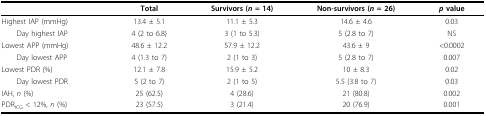
<table><thead><tr><td></td><td><b>Total</b></td><td><b>Survivors (<i>n </i>= 14)</b></td><td><b>Non-survivors (<i>n </i>= 26)</b></td><td><b><i>p </i>value</b></td></tr></thead><tbody><tr><td>Highest IAP (mmHg)</td><td>13.4 ± 5.1</td><td>11.1 ± 5.3</td><td>14.6 ± 4.6</td><td>0.03</td></tr><tr><td> Day highest IAP</td><td>4 (2 to 6.8)</td><td>3 (1 to 5.3)</td><td>5 (2.8 to 7)</td><td>NS</td></tr><tr><td>Lowest APP (mmHg)</td><td>48.6 ± 12.2</td><td>57.9 ± 12.2</td><td>43.6 ± 9</td><td>&lt;0.0002</td></tr><tr><td> Day lowest APP</td><td>4 (1.3 to 7)</td><td>2 (1 to 3)</td><td>5 (2.8 to 7)</td><td>0.007</td></tr><tr><td>Lowest PDR (%)</td><td>12.1 ± 7.8</td><td>15.9 ± 5.2</td><td>10 ± 8.3</td><td>0.02</td></tr><tr><td> Day lowest PDR</td><td>5 (2 to 7)</td><td>2 (1 to 5)</td><td>5.5 (3.8 to 7)</td><td>0.03</td></tr><tr><td>IAH, <i>n </i>(%)</td><td>25 (62.5)</td><td>4 (28.6)</td><td>21 (80.8)</td><td>0.002</td></tr><tr><td>PDR<sub>ICG </sub>&lt; 12%, <i>n </i>(%)</td><td>23 (57.5)</td><td>3 (21.4)</td><td>20 (76.9)</td><td>0.001</td></tr></tbody></table>